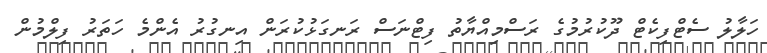
ހަލާލު ސެޓްފިކެޓް ދޫކުރުމުގެ ރަސްމިއްޔާތު ފިޓްނަސް ރަނގަޅުކުރަން އިނގުރު އެންމެ ހަތަރު ފިލްމުން